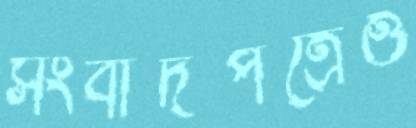
সংবাদপত্রেও